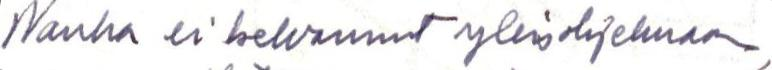
Nauha ei kelvannut yleisohjelmaan